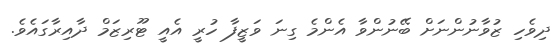
ދިވެހި ޒުވާނުންނަށް ބޭނުންވާ އެންމެ ގިނަ ވަޒީފާ ހުރީ އެއީ ޓޫރިޒަމް ދާއިރާގައެވެ.